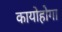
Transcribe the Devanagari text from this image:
कायोहोगा